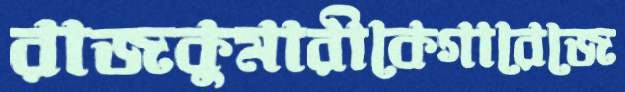
রাজকুমারীকেগারেজে